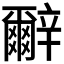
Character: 𰺬